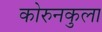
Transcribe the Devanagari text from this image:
कोरुनकुला